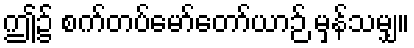
ဤ၌ စက်တပ်မော်တော်ယာဉ် မှန်သမျှ။